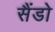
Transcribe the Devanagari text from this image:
सैंडो